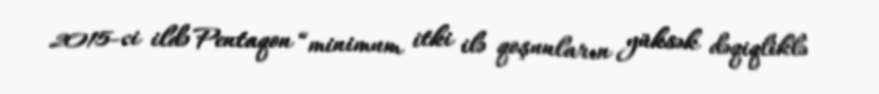
2015-ci ildə Pentaqon “minimum itki ilə qoşunların yüksək dəqiqliklə